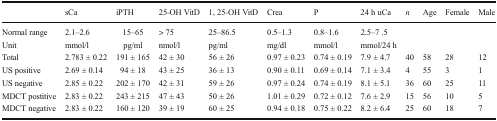
<table><thead><tr><td></td><td><b>sCa</b></td><td><b>iPTH</b></td><td><b>25-OH VitD</b></td><td><b>1, 25-OH VitD</b></td><td><b>Crea</b></td><td><b>P</b></td><td><b>24 h uCa</b></td><td><b><i>n</i></b></td><td><b>Age</b></td><td><b>Female</b></td><td><b>Male</b></td></tr></thead><tbody><tr><td>Normal range</td><td>2.1–2.6</td><td>15–65</td><td>&gt; 75</td><td>25–86.5</td><td>0.5–1.3</td><td>0.8–1.6</td><td>2.5–7 .5</td><td></td><td></td><td></td><td></td></tr><tr><td>Unit</td><td>mmol/l</td><td>pg/ml</td><td>nmol/l</td><td>pg/ml</td><td>mg/dl</td><td>mmol/l</td><td>mmol/24 h</td><td></td><td></td><td></td><td></td></tr><tr><td>Total</td><td>2.783 ± 0.22</td><td>191 ± 165</td><td>42 ± 30</td><td>56 ± 26</td><td>0.97 ± 0.23</td><td>0.74 ± 0.19</td><td>7.9 ± 4.7</td><td>40</td><td>58</td><td>28</td><td>12</td></tr><tr><td>US positive</td><td>2.69 ± 0.14</td><td>94 ± 18</td><td>43 ± 25</td><td>36 ± 13</td><td>0.90 ± 0.11</td><td>0.69 ± 0.14</td><td>7.1 ± 3.4</td><td>4</td><td>55</td><td>3</td><td>1</td></tr><tr><td>US negative</td><td>2.85 ± 0.22</td><td>202 ± 170</td><td>42 ± 31</td><td>59 ± 26</td><td>0.97 ± 0.24</td><td>0.74 ± 0.19</td><td>8.1 ± 5.1</td><td>36</td><td>60</td><td>25</td><td>11</td></tr><tr><td>MDCT postitive</td><td>2.83 ± 0.22</td><td>243 ± 215</td><td>47 ± 43</td><td>50 ± 26</td><td>1.01 ± 0.29</td><td>0.72 ± 0.12</td><td>7.6 ± 2.9</td><td>15</td><td>56</td><td>10</td><td>5</td></tr><tr><td>MDCT negative</td><td>2.83 ± 0.22</td><td>160 ± 120</td><td>39 ± 19</td><td>60 ± 25</td><td>0.94 ± 0.18</td><td>0.75 ± 0.22</td><td>8.2 ± 6.4</td><td>25</td><td>60</td><td>18</td><td>7</td></tr></tbody></table>